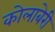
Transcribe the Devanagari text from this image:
कोलाबेरी